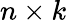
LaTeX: n\times k